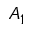
A _ { 1 }